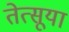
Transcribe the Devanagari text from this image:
तेत्सूया